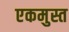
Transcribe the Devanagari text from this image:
एकमुस्त